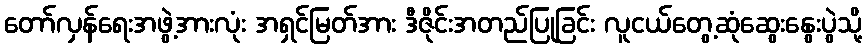
တော်လှန်ရေးအဖွဲ့အားလုံး အရှင်မြတ်အား ဒီဇိုင်းအတည်ပြုခြင်း လူငယ်တွေ့ဆုံဆွေးနွေးပွဲသို့